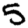
Digit: 5